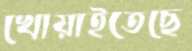
খোয়াইতেছে